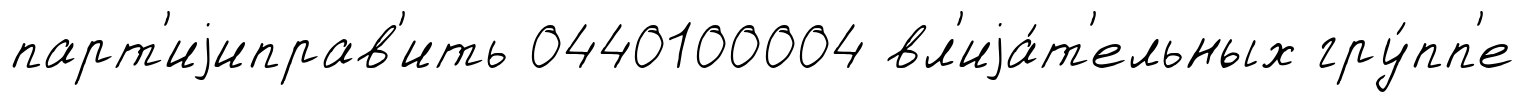
парт'иjиправ'ить 0440100004 вл'иjа́т'ельных гру́пп'е